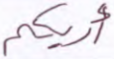
أريكم